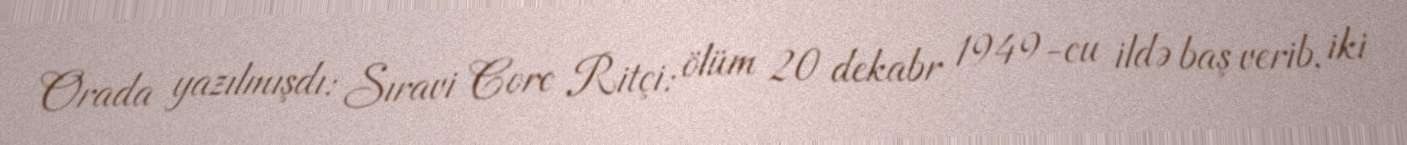
Orada yazılmışdı: Sıravi Corc Ritçi: ölüm 20 dekabr 1949-cu ildə baş verib, iki